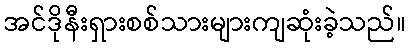
အင်ဒိုနီးရှားစစ်သားများကျဆုံးခဲ့သည်။